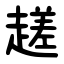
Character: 䟀